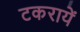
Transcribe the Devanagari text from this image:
टकरायें